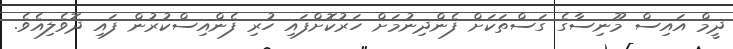
ދީމް އައިސް މޫނިސާގެ ގަސްތަކަށް ފެންދިނުމަށް ހަރުކޮށްފައި ހުރި ފެންއިސްކުރުން ފައި ދޮވެލިއެވެ.